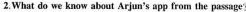
2. What do we know about Arjun's app from the passage?